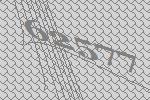
62577